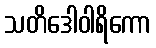
သတိဒေါဝါရိကော